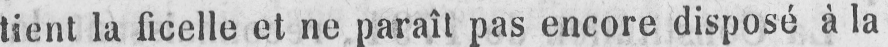
tient la ficelle et ne paraît pas encore disposé à la